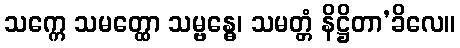
သက္ကေ သမတ္ထော သမ္ဗန္ဓေ၊ သမတ္တံ နိဋ္ဌိတာ’ခိလေ။